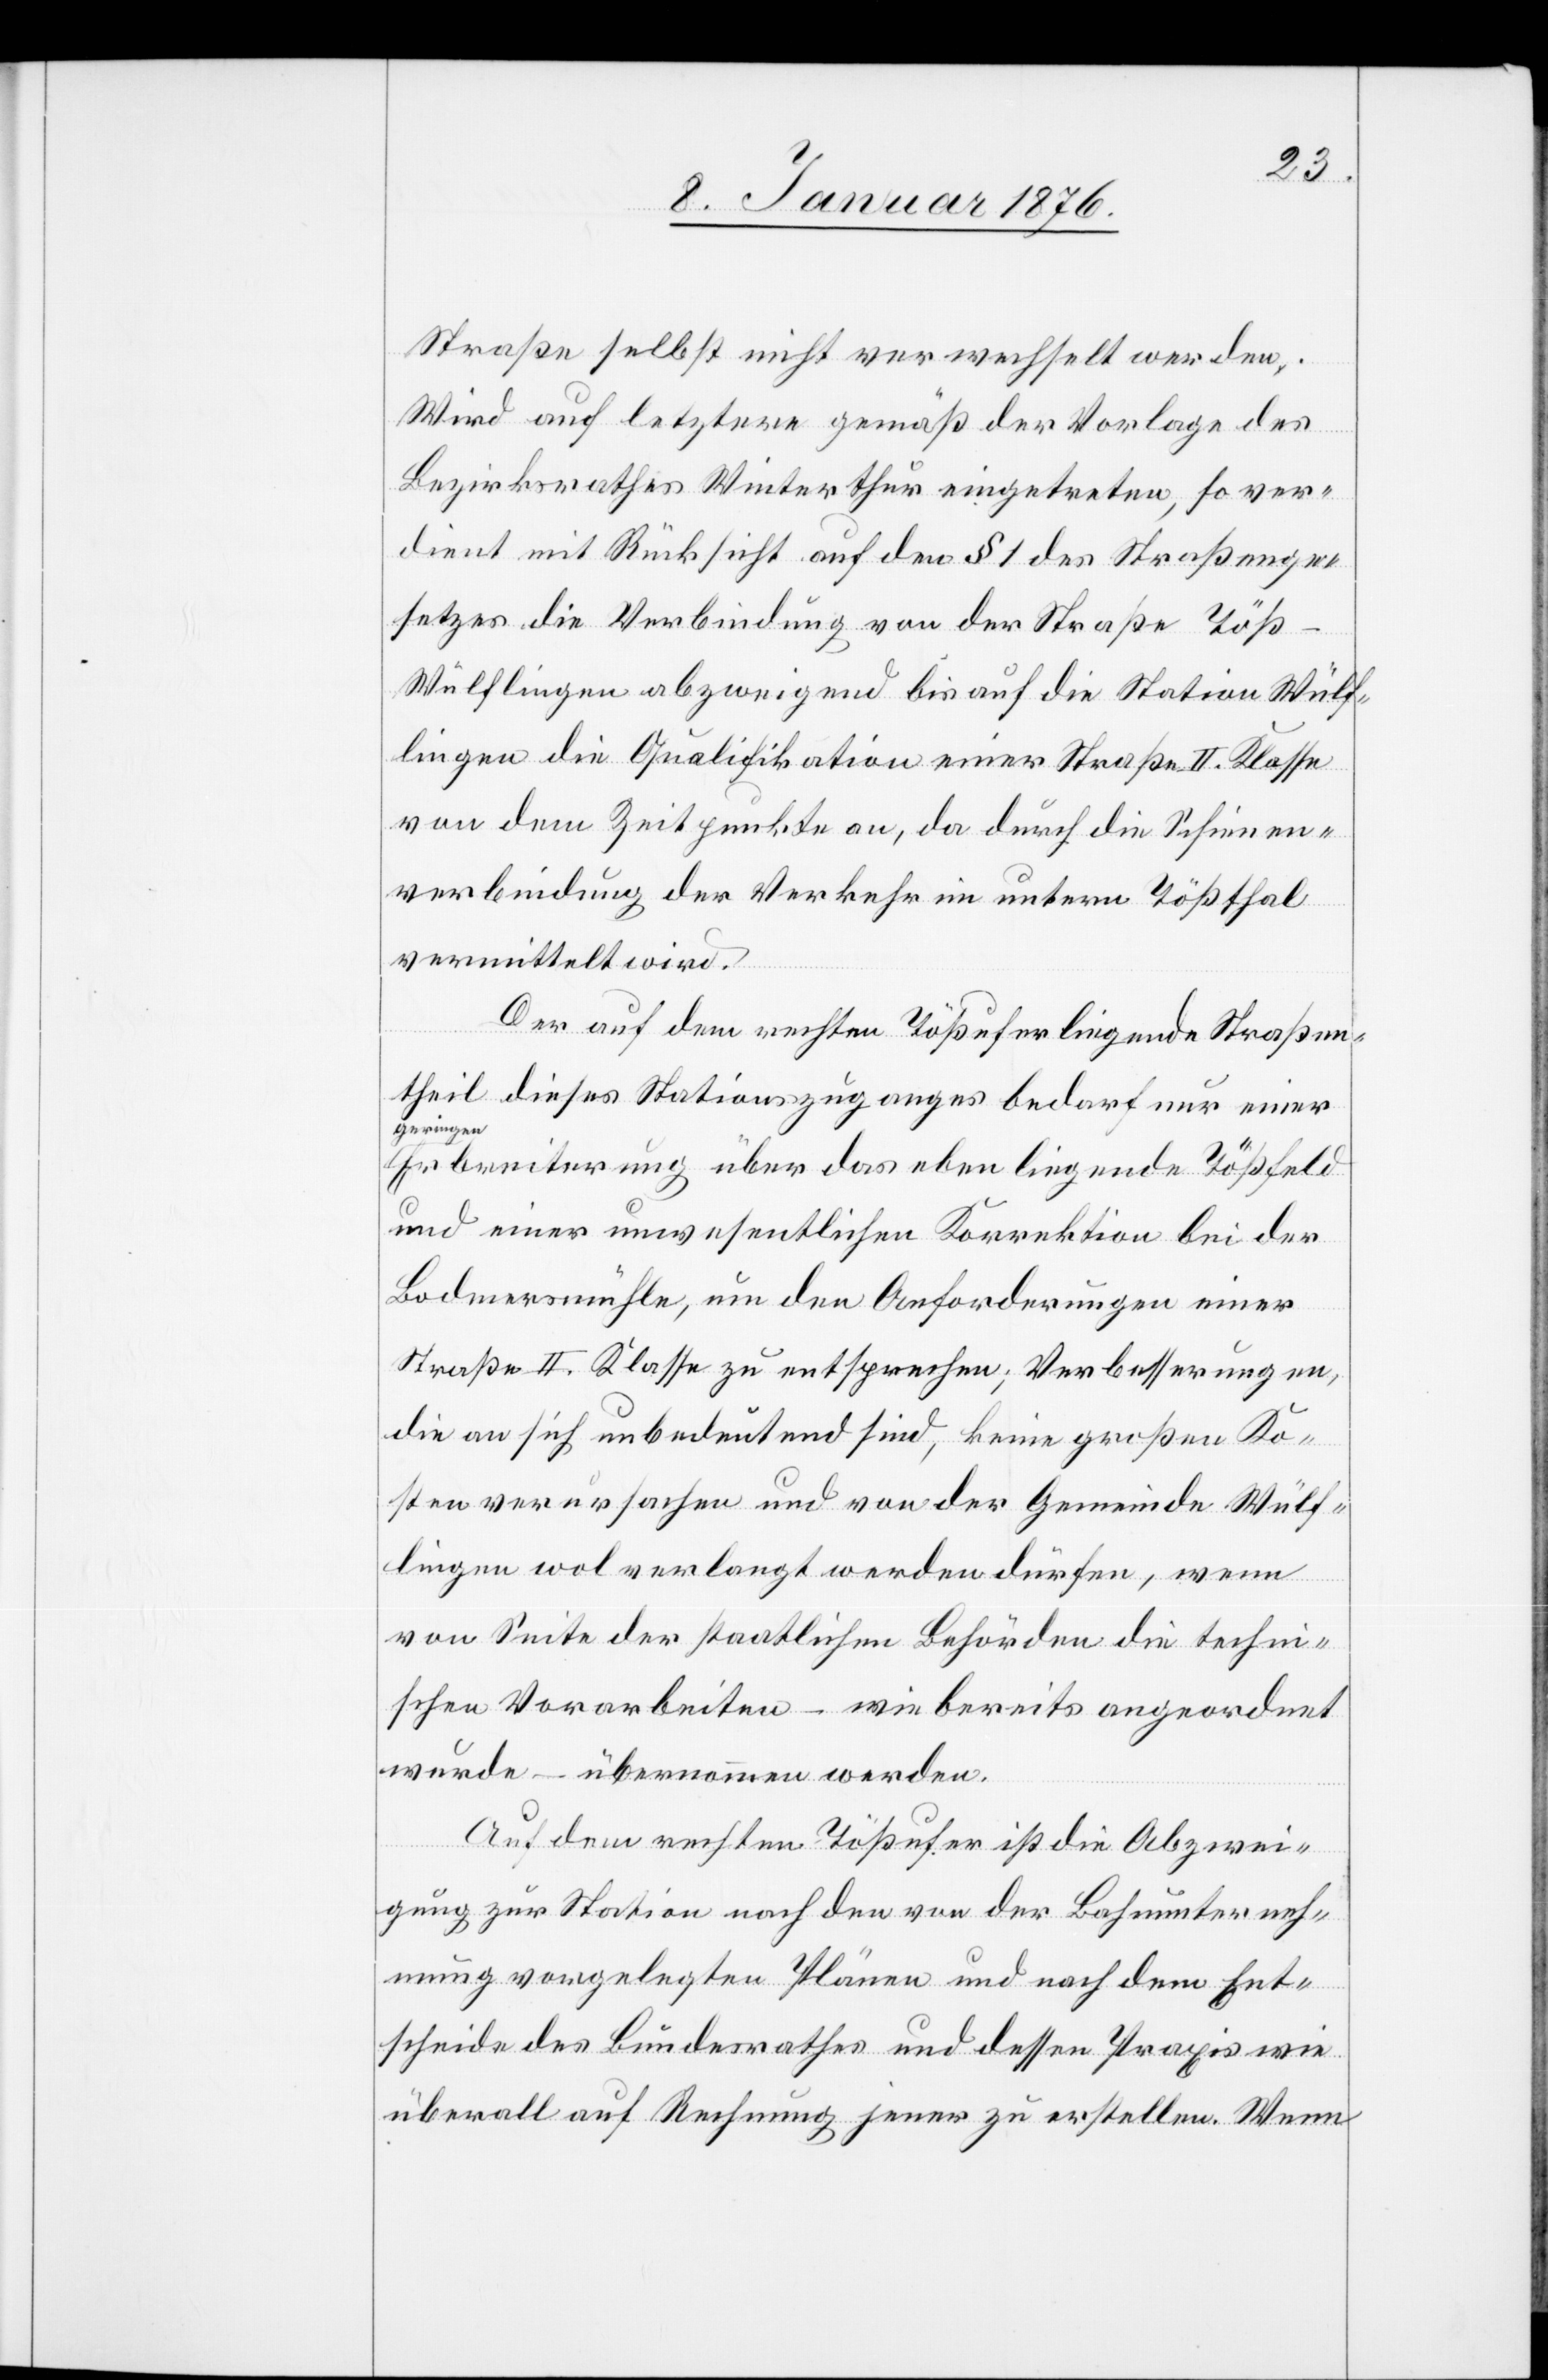
Straße selbst nicht verwechselt werden.
Wird auf letztere gemäß der Vorlage des
Bezirksrathes Winterthur eingetreten, so ver¬
dient mit Rücksicht auf den § 1 des Straßenge¬
setzes die Verbindung von der Straße Töß-W¬
ülflingen abzweigend bis auf die Station Wülf¬
lingen die Qualifikation einer Straße II. Klasse
von dem Zeitpunkte an, da durch die Schienen¬
verbindung der Verkehr im untern Tößthal
vermittelt wird.
Der auf dem rechten Tößufer liegende Straßen¬
theil dieses Stationszuganges bedarf nur einer
geringen
Erbreiterung über das eben liegende Tößfeld
und einer unwesentlichen Korrektion bei der
Bodmermühle, um den Anforderungen einer
Straße II. Klasse zu entsprechen. Verbesserungen,
die an sich unbedeutend sind, keine großen Ko¬
sten verursachen und von der Gemeinde Wülf¬
lingen wol verlangt werden dürfen, wenn
von Seite der staatlichen Behörden die techni¬
schen Vorarbeiten – wie bereits angeordnet
wurde – übernommen werden.
Auf dem rechten Tößufer ist die Abzwei¬
gung zur Station nach den von der Bahnunterneh¬
mung vorgelegten Plänen und nach dem Ent¬
scheide des Bundesrathes und dessen Praxis wie
überall auf Rechnung jener zu erstellen. Wenn